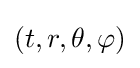
(t,r,\theta ,\varphi )